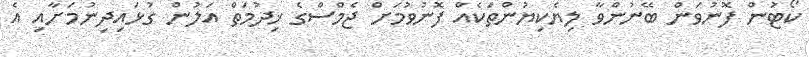
ކޯޓުން ފޮނުވަން ބޭނުންވާ ލިޔެކިޔުންތަކެއް ފޮނުވުމަށް ޖެމްސްގެ ޚިދުމަތް އަލުން ގުޅައިދިނުމަށާއި އެ